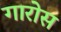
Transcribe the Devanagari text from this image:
गारोस